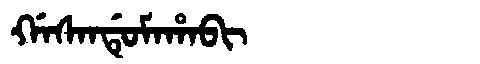
Manchu: ᡤᠠᠰᠠᠨᡩᡠᠮᠠᡥᠠᠪᡳ
Romanization: GASANDUMAHABI